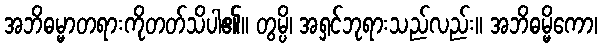
အဘိဓမ္မာတရားကိုတတ်သိပါ၏။ တွမ္ပိ၊ အရှင်ဘုရားသည်လည်း။ အဘိဓမ္မိကော၊